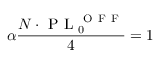
\alpha \frac { N \cdot \mathrm { ~ P ~ L ~ } _ { 0 } ^ { \mathrm { ~ O ~ F ~ F ~ } } } { 4 } = 1